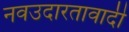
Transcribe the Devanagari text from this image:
नवउदारतावादी